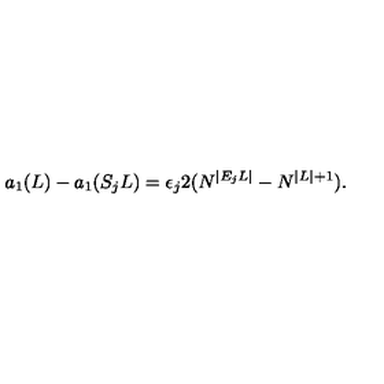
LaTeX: a _ { 1 } ( L ) - a _ { 1 } ( S _ { j } L ) = \epsilon _ { j } 2 ( N ^ { | E _ { j } L | } - N ^ { | L | + 1 } ) .